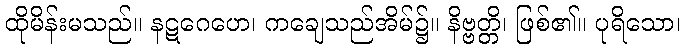
ထိုမိန်းမသည်။ နဋဂေဟေ၊ ကချေသည်အိမ်၌။ နိဗ္ဗတ္တိ၊ ဖြစ်၏။ ပုရိသော၊